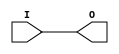
module IBUFG_LVCMOS18 (O, I);

    output O;

    input  I;

	buf B1 (O, I);


endmodule